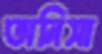
তানিসা